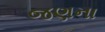
જણના